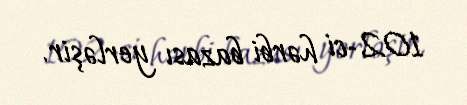
102-ci hərbi bazası yerləşir.